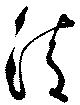
清